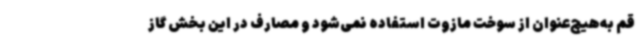
قم به‌هیچ‌عنوان از سوخت مازوت استفاده نمی‌شود و مصارف در این بخش گاز